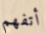
أتفهم